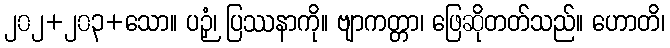
၂၀၂+၂၀၃+သော။ ပဉှံ၊ ပြဿနာကို။ ဗျာကတ္တာ၊ ဖြေဆိုတတ်သည်။ ဟောတိ၊